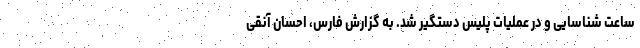
ساعت شناسایی و در عملیات پلیس دستگیر شد. به گزارش فارس، احسان آنقی